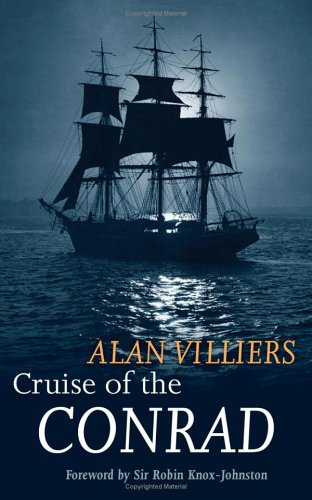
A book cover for Cruise of the Conrad; Alan Villiers; Travel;